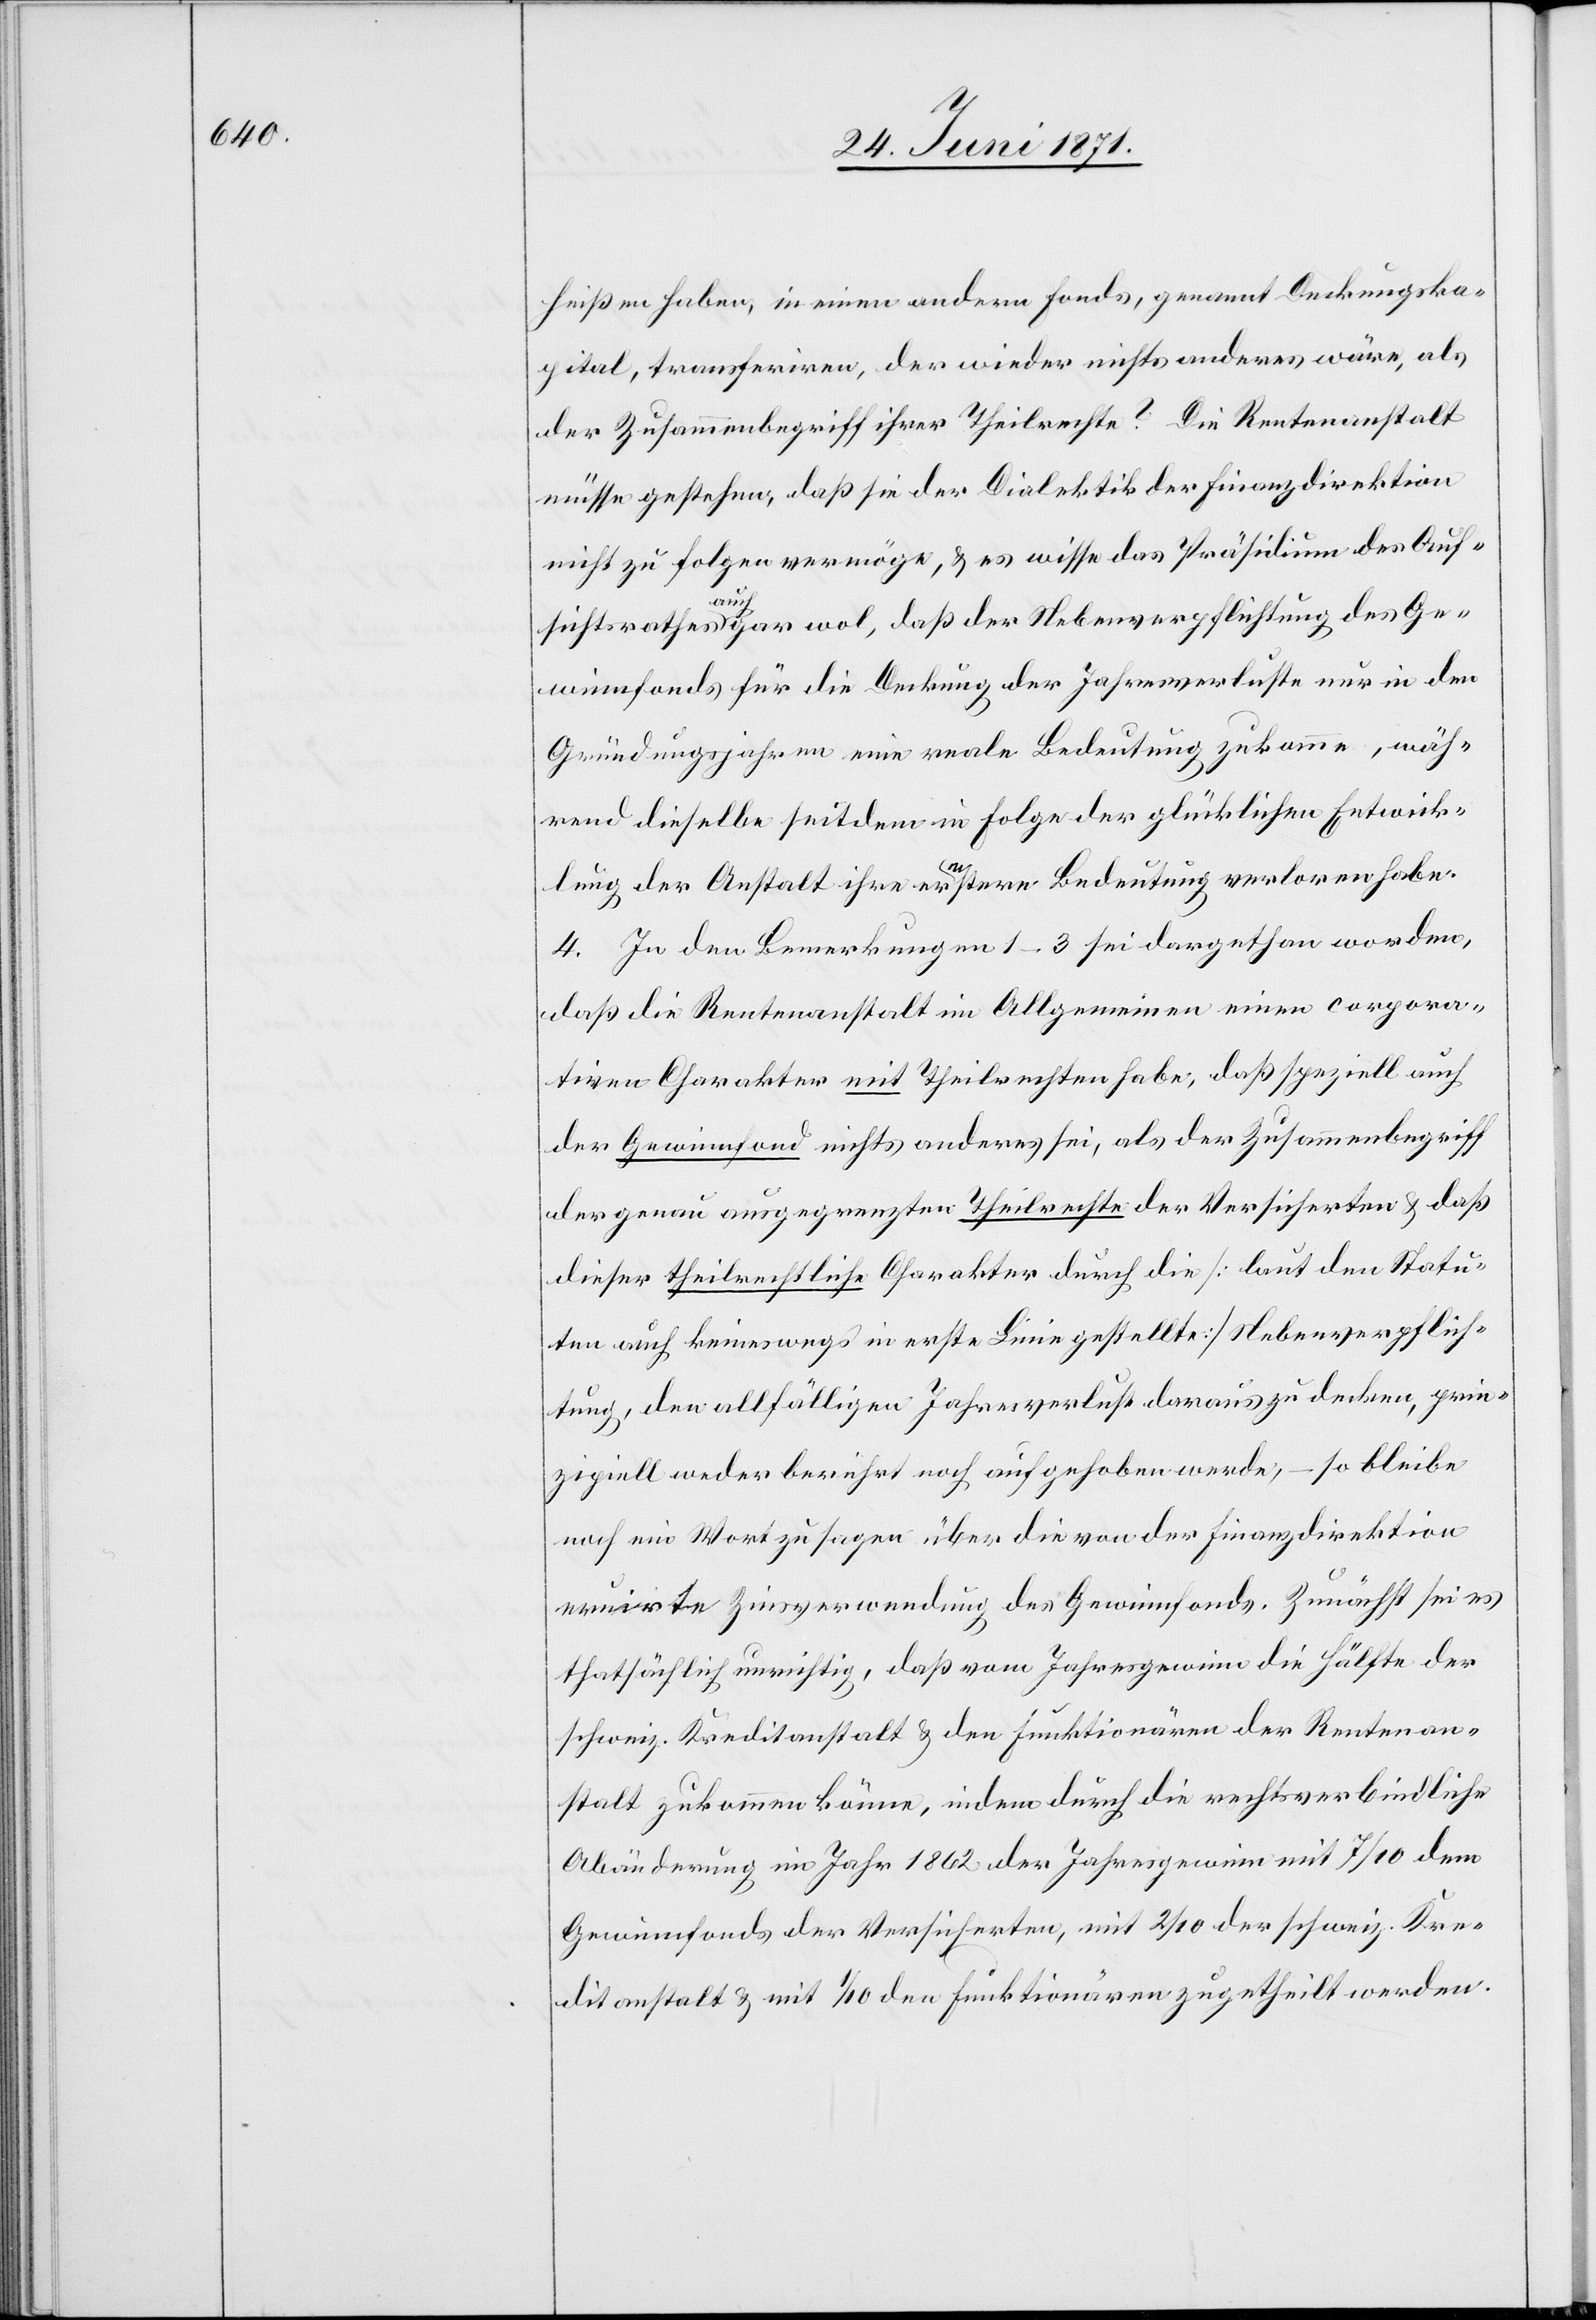
heißen haben, in einen andern Fonds, genannt Deckungska¬
pital, transferiren, der wieder nichts anderes wäre, als
der Zusammbegriff ihrer Theilrechte? Die Rentenanstalt
müsse gestehen, daß sie der Dialektik der Finanzdirektion
nicht zu folgen vermöge, u. es wisse das Präsidium des Auf¬
sichtsrathes auch gar wol, daß der Nebenverpflichtung des Ge¬
winnfonds für die Deckung der Jahresverluste nur in den
Gründungsjahren eine reale Bedeutung zukomme, wäh¬
rend dieselbe seitdem in Folge der glücklichen Entwick¬
lung der Anstalt ihre ernstere Bedeutung verloren habe.
4. In den Bemerkungen 1–3 sei dargethan worden,
daß die Rentenanstalt im Allgemeinen einen corpora¬
tiven Charakter mit Theilrechten habe, daß speziell auch
der Gewinnfond nichts anderes sei, als der Zusammenbegriff
der genau ausgegrenzten Theilrechte der Versicherten u. daß
dieser theilrechtliche Charakter durch die [laut den Statu¬
ten auch keineswegs in erste Linie gestellte] Nebenverpflich¬
tung, den allfälligen Jahresverlust daraus zu decken, prin¬
zipiell weder berührt noch aufgehoben werde, – so bleibe
noch ein Wort zu sagen über die von der Finanzdirektion
eruirte Zinsverwendung des Gewinnfonds. Zunächst sei es
thatsächlich unrichtig, daß vom Jahresgewinn die Hälfte der
schweiz. Kreditanstalt u. den Funktionären der Rentenan¬
stalt zukommen könne, indem durch die rechtsverbindliche
Abänderung im Jahr 1862 der Jahresgewinn mit 7/10 dem
Gewinnfonds der Versicherten, mit 2/10 der schweiz. Kre¬
ditanstalt u. mit 1/10 den Funktionären zugetheilt werde.